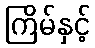
ကြိမ်နှင့်